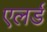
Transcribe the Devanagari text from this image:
एलर्ड